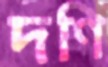
দণি